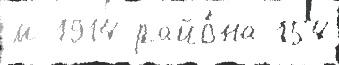
м 1914 райо́на 154